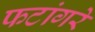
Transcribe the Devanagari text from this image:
फटांगरे